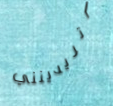
أتريدينني